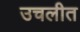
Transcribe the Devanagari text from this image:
उचलीत